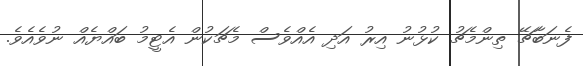
ފެނަބާޗޭ ތިންމެޗު ކުޅުނު އިރު އަދި އެއްވެސް މެޗަކުން އެޓީމު ބައްޔެއް ނުވެއެވެ.